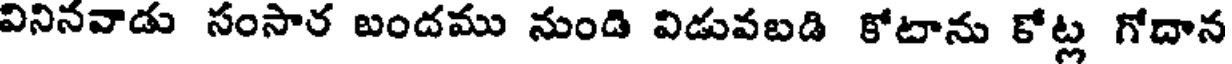
వినినవాడు సంసార బందము నుండి విడువబడి కోదాను కోట్ల గోదాన